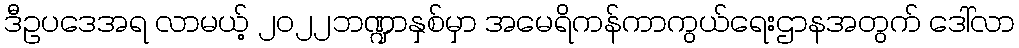
ဒီဥပဒေအရ လာမယ့် ၂၀၂၂ဘဏ္ဍာနှစ်မှာ အမေရိကန်ကာကွယ်ရေးဌာနအတွက် ဒေါ်လာ